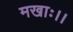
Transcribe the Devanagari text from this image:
मखाः।।